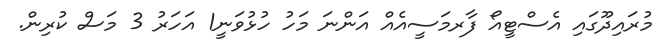
މުރައިދޫގައި އެސްޓީއޯ ފާރމަސީއެއް އަންނަ މަހު ހުޅުވަނީ1 އަހަރު 3 މަސް ކުރިން.